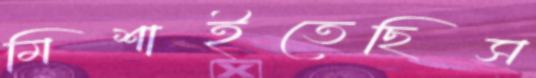
মিশাইতেছিস